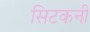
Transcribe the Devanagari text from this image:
सिटकनी